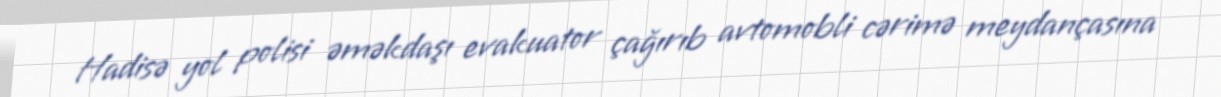
Hadisə yol polisi əməkdaşı evakuator çağırıb avtomobli cərimə meydançasına